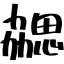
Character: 勰